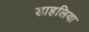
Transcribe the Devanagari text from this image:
डाहलिया